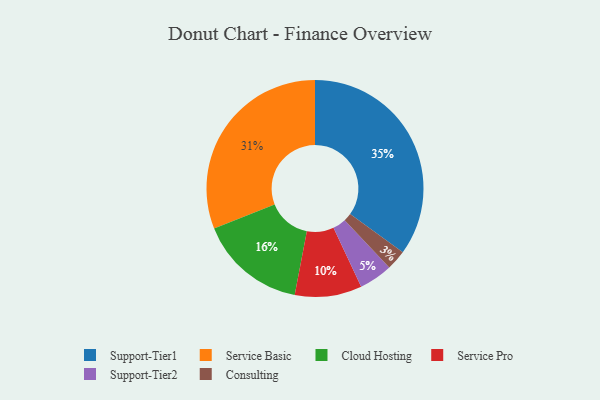
{"axis": {"x": "Category", "y": "Percentage"}, "legend": ["Cloud Hosting", "Consulting", "Service Basic", "Service Pro", "Support-Tier1", "Support-Tier2"], "data": [{"x": "Service Pro", "y": 10, "type": "Service Pro"}, {"x": "Service Basic", "y": 31, "type": "Service Basic"}, {"x": "Support-Tier2", "y": 5, "type": "Support-Tier2"}, {"x": "Cloud Hosting", "y": 16, "type": "Cloud Hosting"}, {"x": "Consulting", "y": 3, "type": "Consulting"}, {"x": "Support-Tier1", "y": 35, "type": "Support-Tier1"}]}